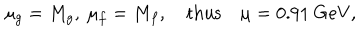
\mu _ { g } = M _ { g } , \ \mu _ { f } = M _ { f } , \quad \mathrm { t h u s } \quad \mu = 0 . 9 1 \ \mathrm { G e V } ,